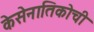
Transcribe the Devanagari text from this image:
केसेनातिकोची